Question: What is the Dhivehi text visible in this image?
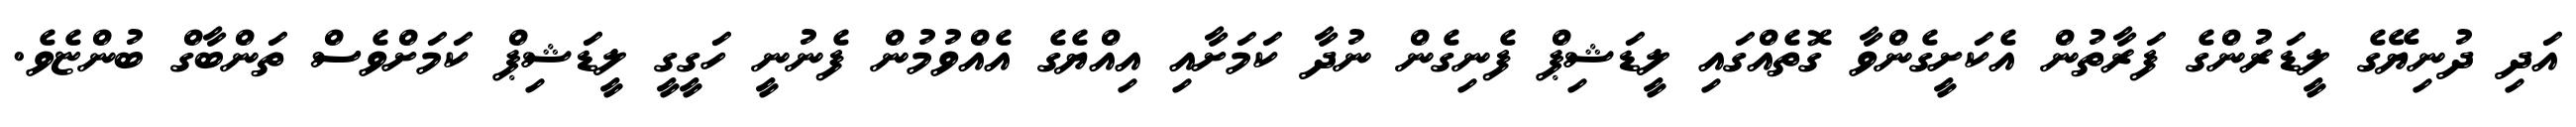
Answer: އަދި ދުނިޔޭގެ ލީޑަރުންގެ ފަރާތުން އެކަށީގެންވާ ގޮތެއްގައި ލީޑަޝިޕް ފެނިގެން ނުދާ ކަމަށާއި އިއްޔެގެ އެއްވުމުން ފެނުނީ ހަގީގީ ލީޑަޝިޕް ކަމަށްވެސް ތަންބާގް ބުންޏެވެ.